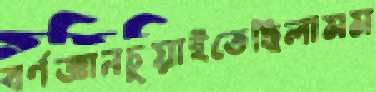
বর্ণজ্ঞানচুয়াইতেছিলামম